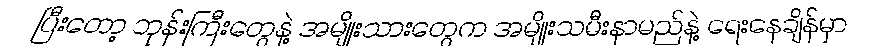
ပြီးတော့ ဘုန်းကြီးတွေနဲ့ အမျိုးသားတွေက အမျိုးသမီးနာမည်နဲ့ ရေးနေချိန်မှာ